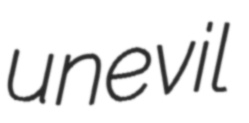
unevil